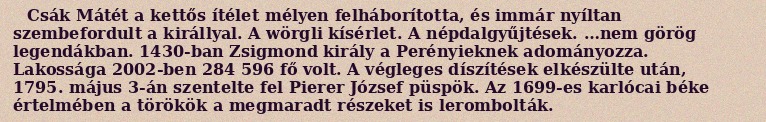
Csák Mátét a kettős ítélet mélyen felháborította, és immár nyíltan szembefordult a királlyal. A wörgli kísérlet. A népdalgyűjtések. …nem görög legendákban. 1430-ban Zsigmond király a Perényieknek adományozza. Lakossága 2002-ben 284 596 fő volt. A végleges díszítések elkészülte után, 1795. május 3-án szentelte fel Pierer József püspök. Az 1699-es karlócai béke értelmében a törökök a megmaradt részeket is lerombolták.